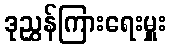
ဒုညွှန်ကြားရေးမှူး